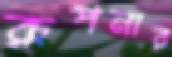
রূপনার